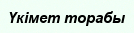
Үкімет торабы